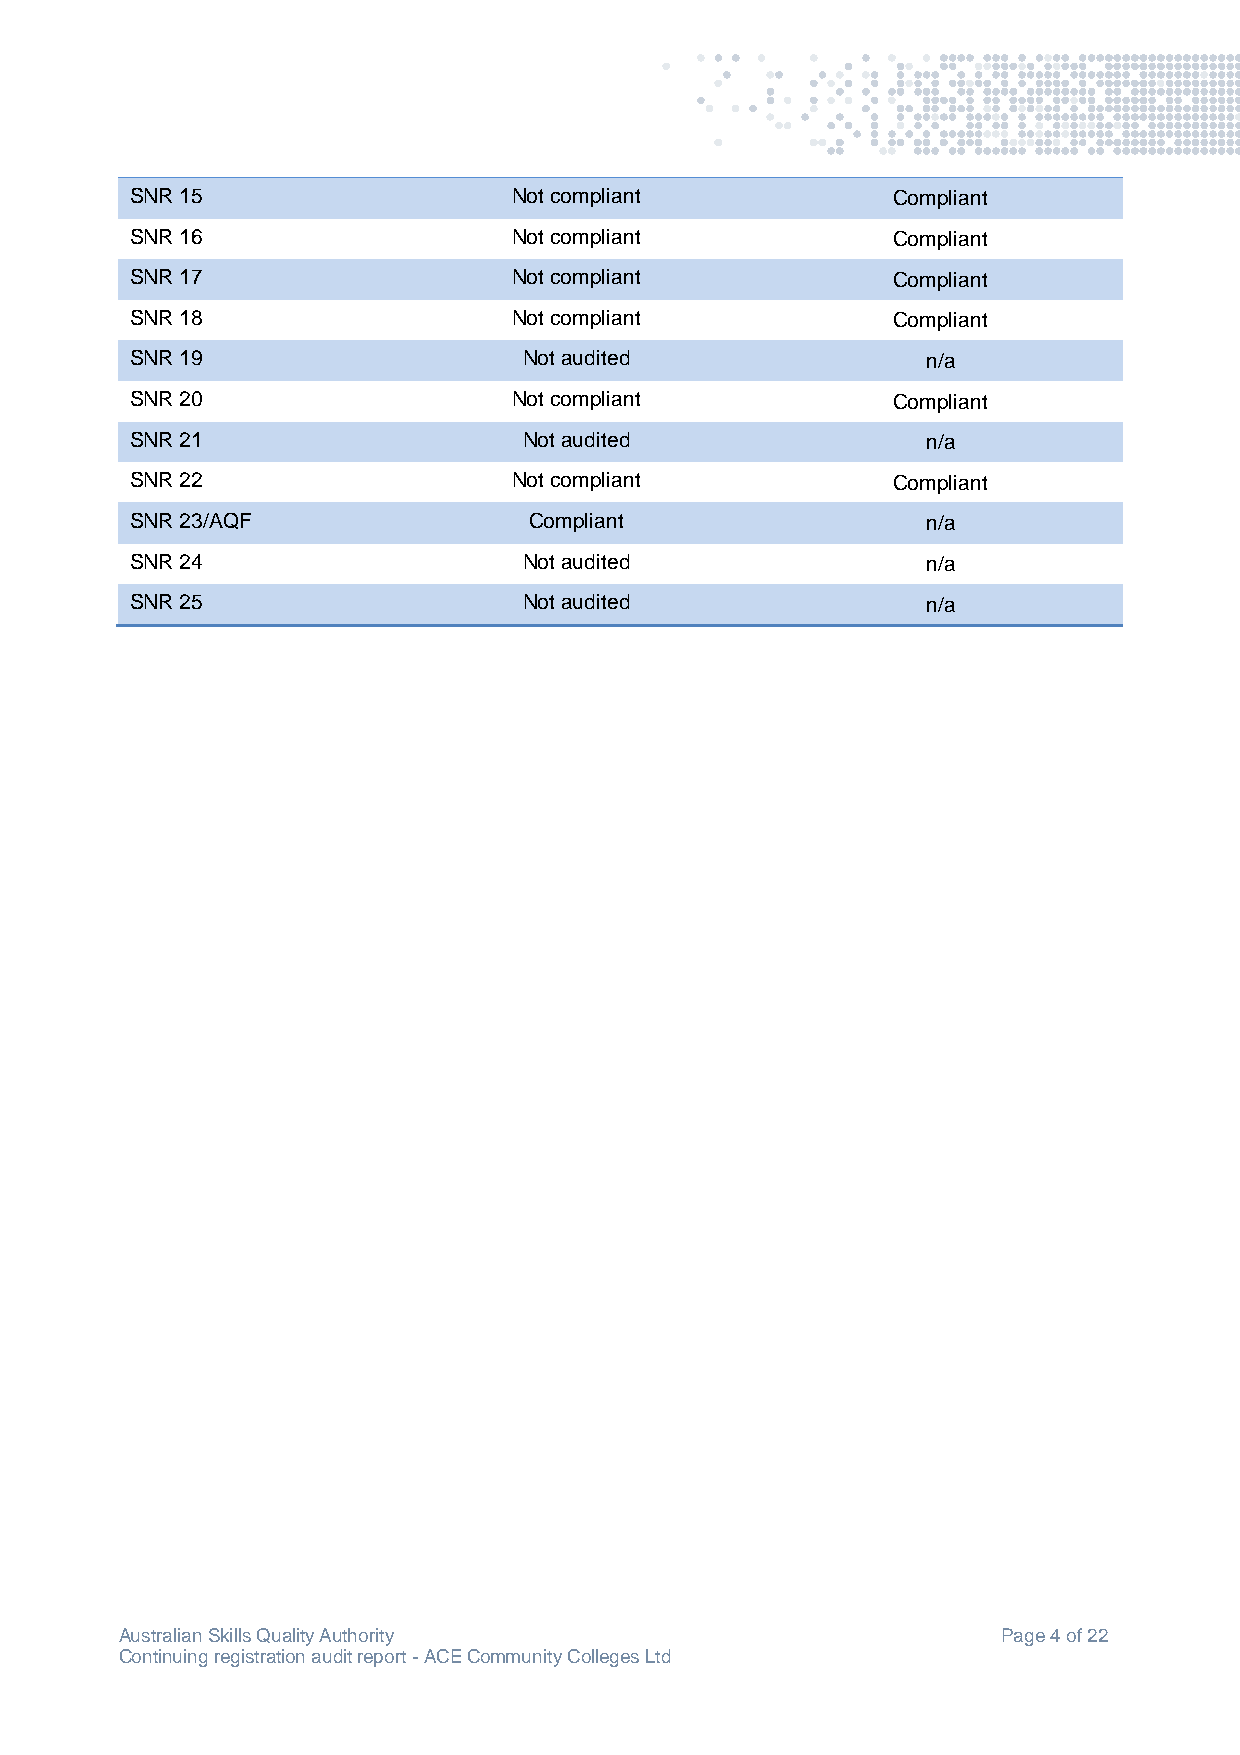
SNR 15                   Not compliant            Compliant
 SNR 16                   Not compliant            Compliant
 SNR 17                   Not compliant            Compliant
 SNR 18                   Not compliant            Compliant
 SNR 19                    Not audited               n/a
 SNR 20                   Not compliant            Compliant
 SNR 21                    Not audited               n/a
 SNR 22                   Not compliant            Compliant
 SNR 23/AQF                Compliant                 n/a
 SNR 24                    Not audited               n/a
 SNR 25                    Not audited               n/a
 Australian Skills Quality Authority                       Page 4 of 22
 Continuing registration audit report - ACE Community Colleges Ltd